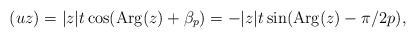
LaTeX: \begin{align*}\real(uz)=|z|t\cos(\mathrm{Arg}(z)+{\beta_p})=-|z|t\sin(\mathrm{Arg}(z)- \pi/ 2p ),\end{align*}